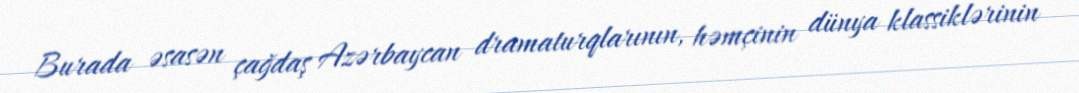
Burada əsasən çağdaş Azərbaycan dramaturqlarının, həmçinin dünya klassiklərinin